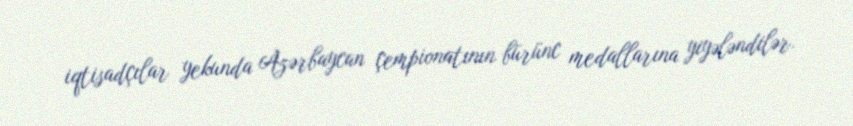
iqtisadçılar yekunda Azərbaycan çempionatının bürünc medallarına yiyələndilər.